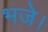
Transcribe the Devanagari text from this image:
भजे।